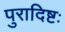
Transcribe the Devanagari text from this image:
पुरादिष्टः